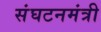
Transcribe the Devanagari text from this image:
संघटनमंत्री